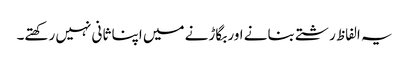
یہ الفاظ رشتے بنانے اور بگاڑنے میں اپنا ثانی نہیں رکھتے۔